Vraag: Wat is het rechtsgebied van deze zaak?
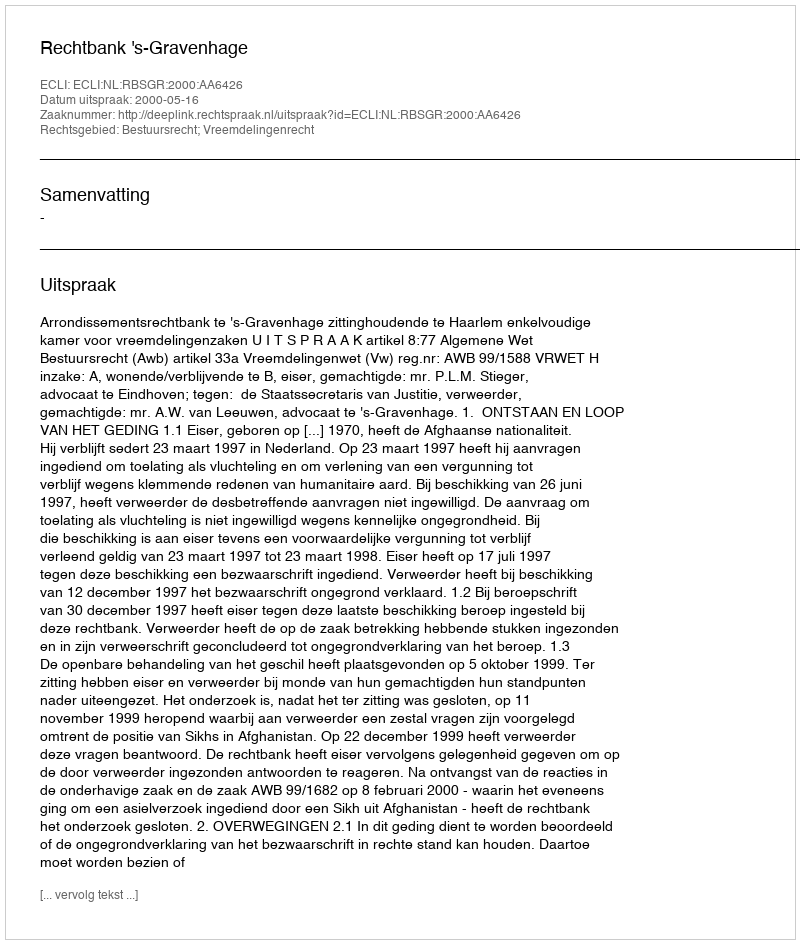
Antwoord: Bestuursrecht; Vreemdelingenrecht